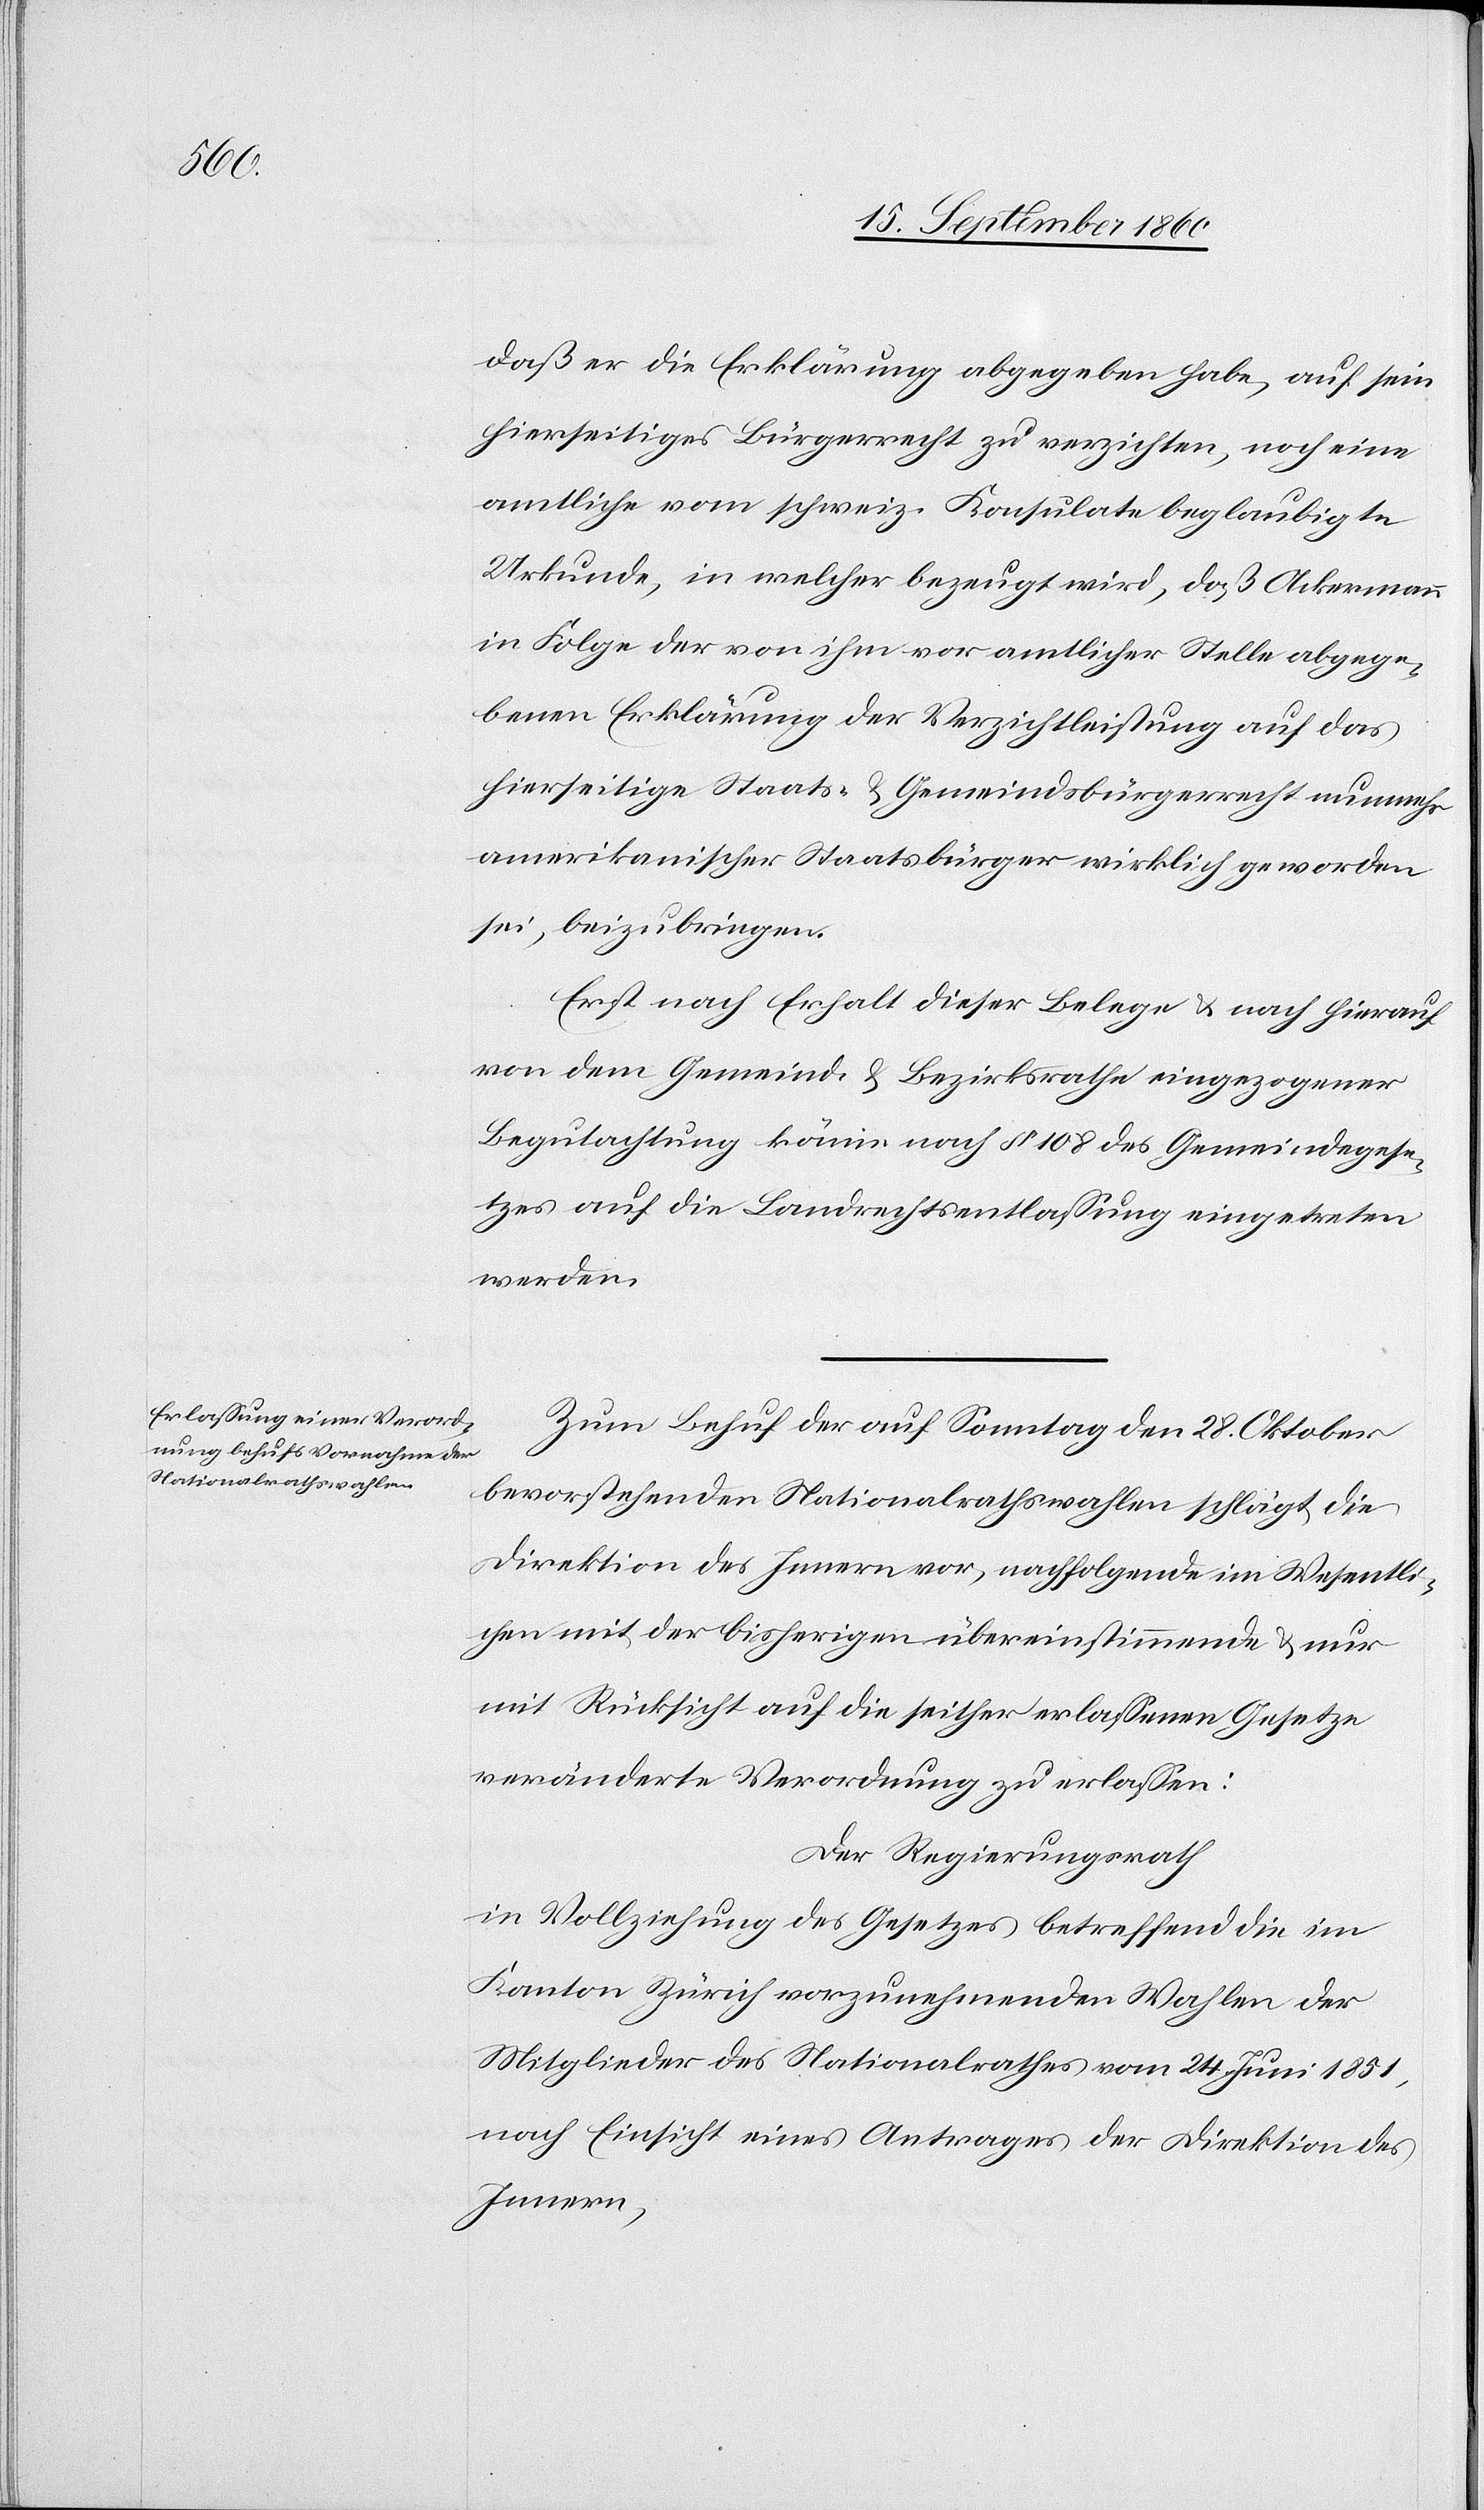
daß er die Erklärung abgegeben habe, auf sein
hierseitiges Bürgerrecht zu verzichten, noch eine
amtliche vom schweiz. Konsulate beglaubigte
Urkunde, in welcher bezeugt wird, daß Ackermann
in Folge der von ihm vor amtlicher Stelle abgege¬
benen Erklärung der Verzichtleistung auf das
hierseitige Staats- u. Gemeindsbürgerrecht nunmehr
amerikanischer Staatsbürger wirklich geworden
sei, beizubringen.
Erst nach Erhalt dieser Belege u. nach hierau¬
f dem Gemeind- u. Bezirksrathe eingezogener
Begutachtung könne nach § 108 des Gemeindegese¬
tzes auf die Landrechtsentlassung eingetreten
werden.
Zum Behuf der auf Sonntag den 28. Oktober
bevorstehenden Nationalrathswahlen schlägt die
Direktion des Innern vor, nachfolgende im Wesentli¬
chen mit der bisherigen übereinstimmende[n] u. nur
mit Rücksicht auf die seither erlassenen Gesetze
veränderte Verordnung zu erlassen.
Der Regierungsrath
in Vollziehung des Gesetzes betreffend die im
Kanton Zürich vorzunehmenden Wahlen der
Mitglieder des Nationalrathes vom 24. Juni 1851,
nach Einsicht eines Antrages der Direktion des
Innern,